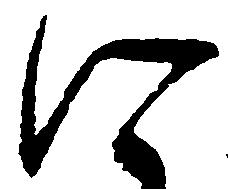
に